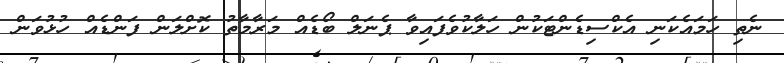
ނެތި ހަމައެކަނި އެކްސިޑެންޓަކުން ހަލާކުވެފައިވާ ޕެނަލް ބޯޑެއް މަރާމާތު ކޮށްލަން ފަންޑެއް ހުޅުވަން